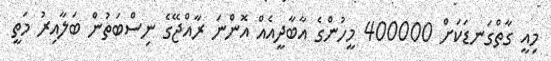
މިއީ ގާތްގަނޑަކަށް 400000 މީހުންގެ އާބާދީއެއް އޮންނަ ރާއްޖޭގެ ނިސްބަތުން ބަލާއިރު މަތީ